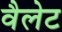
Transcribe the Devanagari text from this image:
वैलेट